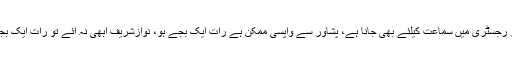
چیف جسٹس نے کہا کہ ہر تاریخ کا نواز شریف کو الگ جواب دینا ہوگا،،پشاور رجسٹری میں سماعت کیلئے بھی جانا ہے، پشاور سے واپسی ممکن ہے رات ایک بجے ہو، نوازشریف ابھی نہ آئے تو رات ایک بجے پیش ہوناہوگا،تحریری جواب آنے کے بعد اتوارکو مزید سماعت کریں گے ۔